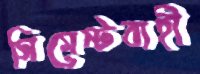
সিমেন্টবাহী